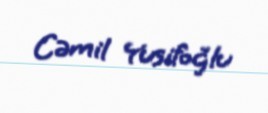
Cəmil Yusifoğlu